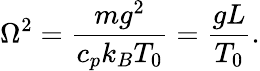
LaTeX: \Omega^{2}={\frac{mg^{2}}{c_{p}k_{B}T_{0}}}={\frac{gL}{T_{0}}}.